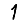
Digit: 1